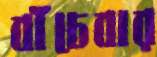
বাঁচেবার